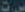
ست